Annual statistical returns and brief notes on vaccination in Bengal - 1896-1909
Year: 1896
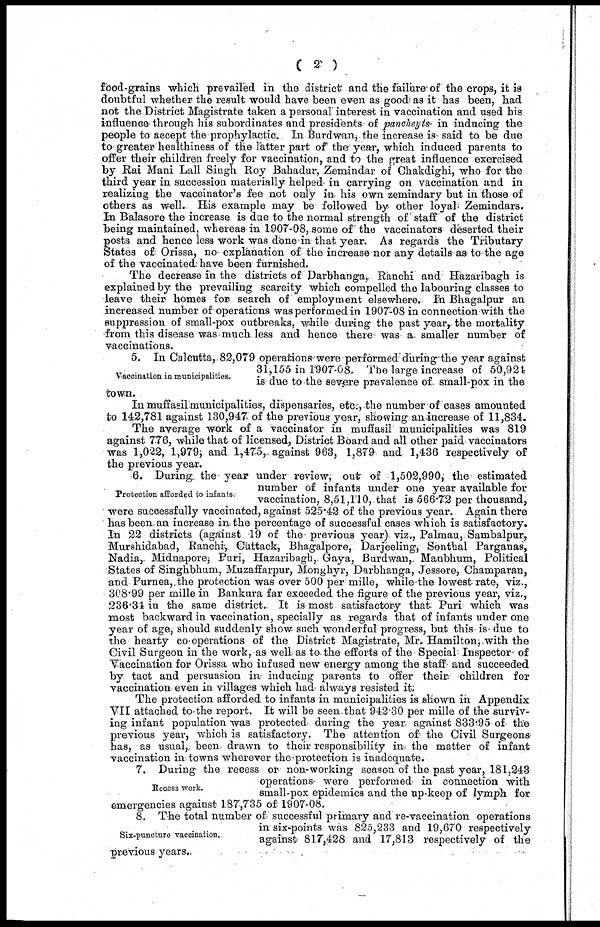
( 2 )
food-grains which prevailed in the district and the failure of the crops, it is
doubtful whether the result would have been even as good as it has been, had
not the District Magistrate taken a personal interest in vaccination and used his
influence- through his subordinates and presidents of pancheyts in inducing the
people to accept the prophylactic. In Burdwan, the increase is said to be due
to greater healthiness of the latter part of the year, which induced parents to
offer their children freely for vaccination, and to the great influence exercised
by Rai Mani Lall Singh Roy Bahadur, Zemindar of Chakdighi, who for the
third year in succession materially helped in carrying on vaccination and in
realizing the vaccinator's fee not only in his own zemindary but in those of
others as well. His example may be followed by other loyal Zemindars.
In Balasore the increase is due to the normal strength of staff of the district
being maintained, whereas in 1907-08,some of the vaccinators deserted their
posts and hence less work was done in that year. As regards the Tributary
States of Orissa, no explanation of the increase nor any details as to the age
of the vaccinated: have been furnished.
The decrease in the districts of Darbhanga, Ranchi and Hazaribagh is
explained by the prevailing scarcity which compelled the labouring classes to
leave their homes for search of employment elsewhere. In Bhagalpur an
increased number of operations was performed in 1907-08 in connection with the
suppression of small-pox outbreaks, while during the past year, the mortality
from this disease was much less and hence there was a. smaller number of
vaccinations.
Vaccination in municipalities.
5. In Calcutta, 82,079 operations were performed during the year against
31,155 in 1907-08. The large increase of 50,924
is due to the severe prevalence of small-pox in the
town.
In muffasil municipalities, dispensaries, etc., the number of cases amounted
to 142,781 against 130,947 of the previous year, showing an increase of 11,834.
The average work of a vaccinator in muffasil municipalities was 819
against 776, while that of licensed, District Board and all other paid vaccinators
was 1,022, 1,979, and 1,475, against 963, 1,879 and 1,436 respectively of
the previous year.
Protection afforded to infants.
6. During the- year under review, out of 1,502,990, the estimated
number of infants under one year available for
vaccination, 8,51,110, that is 566.72 per thousand,
were successfully vaccinated, against 525.42 of the previous year. Again there
has been an increase in the percentage of successful cases which is satisfactory.
In 22 districts (against 19 of the previous year) viz., Palmau, Sambalpur,
Murshidabad, Ranchi, Cuttack, Bhagalpore, Darjeeling, Sonthal Parganas,
Nadia,. Midnapore, Puri, Hazaribagh,. Gaya, Burdwan, Manbhum, Political
States of Singhbhum, Muzaffarpur, Monghyr, Darbhanga, Jessore, Champaran,
and Purnea,.the protection was over 500 per mille, while the lowest rate, viz.,
308.99 per mille in Bankura far exceeded the figure of the previous year, viz.,
236.34 in the same district. It is most satisfactory that Puri which was
most backward in vaccination, specially as regards that of infants under one
year of age, should suddenly show such wonderful progress, but this is due to
the hearty co operations of the District Magistrate, Mr. Hamilton, with the
Civil Surgeon in the work, as well as to the efforts of the Special Inspector of
Vaccination for Orissa who infused new energy among the staff and succeeded
by tact and persuasion in inducing parents to offer their children for
vaccination even in villages which had always resisted it.
The protection afforded to infants in municipalities is shown in Appendix
VII attached to the report. It will be seen that 942.30 per mille of the surviv-
ing infant population was protected during the year against 833.95 of the
previous year, which is satisfactory. The attention of the Civil Surgeons
has, as usual, been drawn to their responsibility in the matter of infant
vaccination in towns wherever the protection is inadequate.
Recess work.
7. During the recess or non-working season of the past year, 181,243
operations were performed in connection with
small-pox epidemics and the up-keep of lymph for
emergencies against 187,735 of 1907-08.
Six-puncture vaccination.
8. The total number of successful primary and re-vaccination operations
in six-points was 825,233 and 19,670 respectively
against 817,428 and 17,813 respectively of the
previous years.